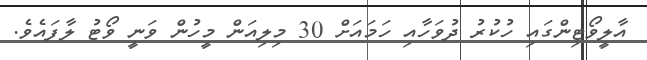
އާލީވޯޓިންގައި ހުކުރު ދުވަހާއި ހަމައަށް 30 މިލިއަން މީހުން ވަނީ ވޯޓު ލާފައެވެ.